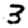
Digit: 3